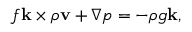
f { \bf k } \times \rho { \bf v } + \nabla p = - \rho g { \bf k } ,